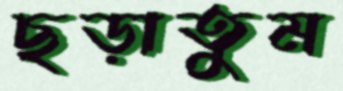
ছড়াতুম